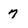
Character: 7